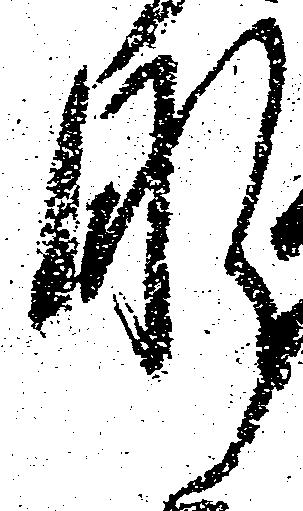
肝